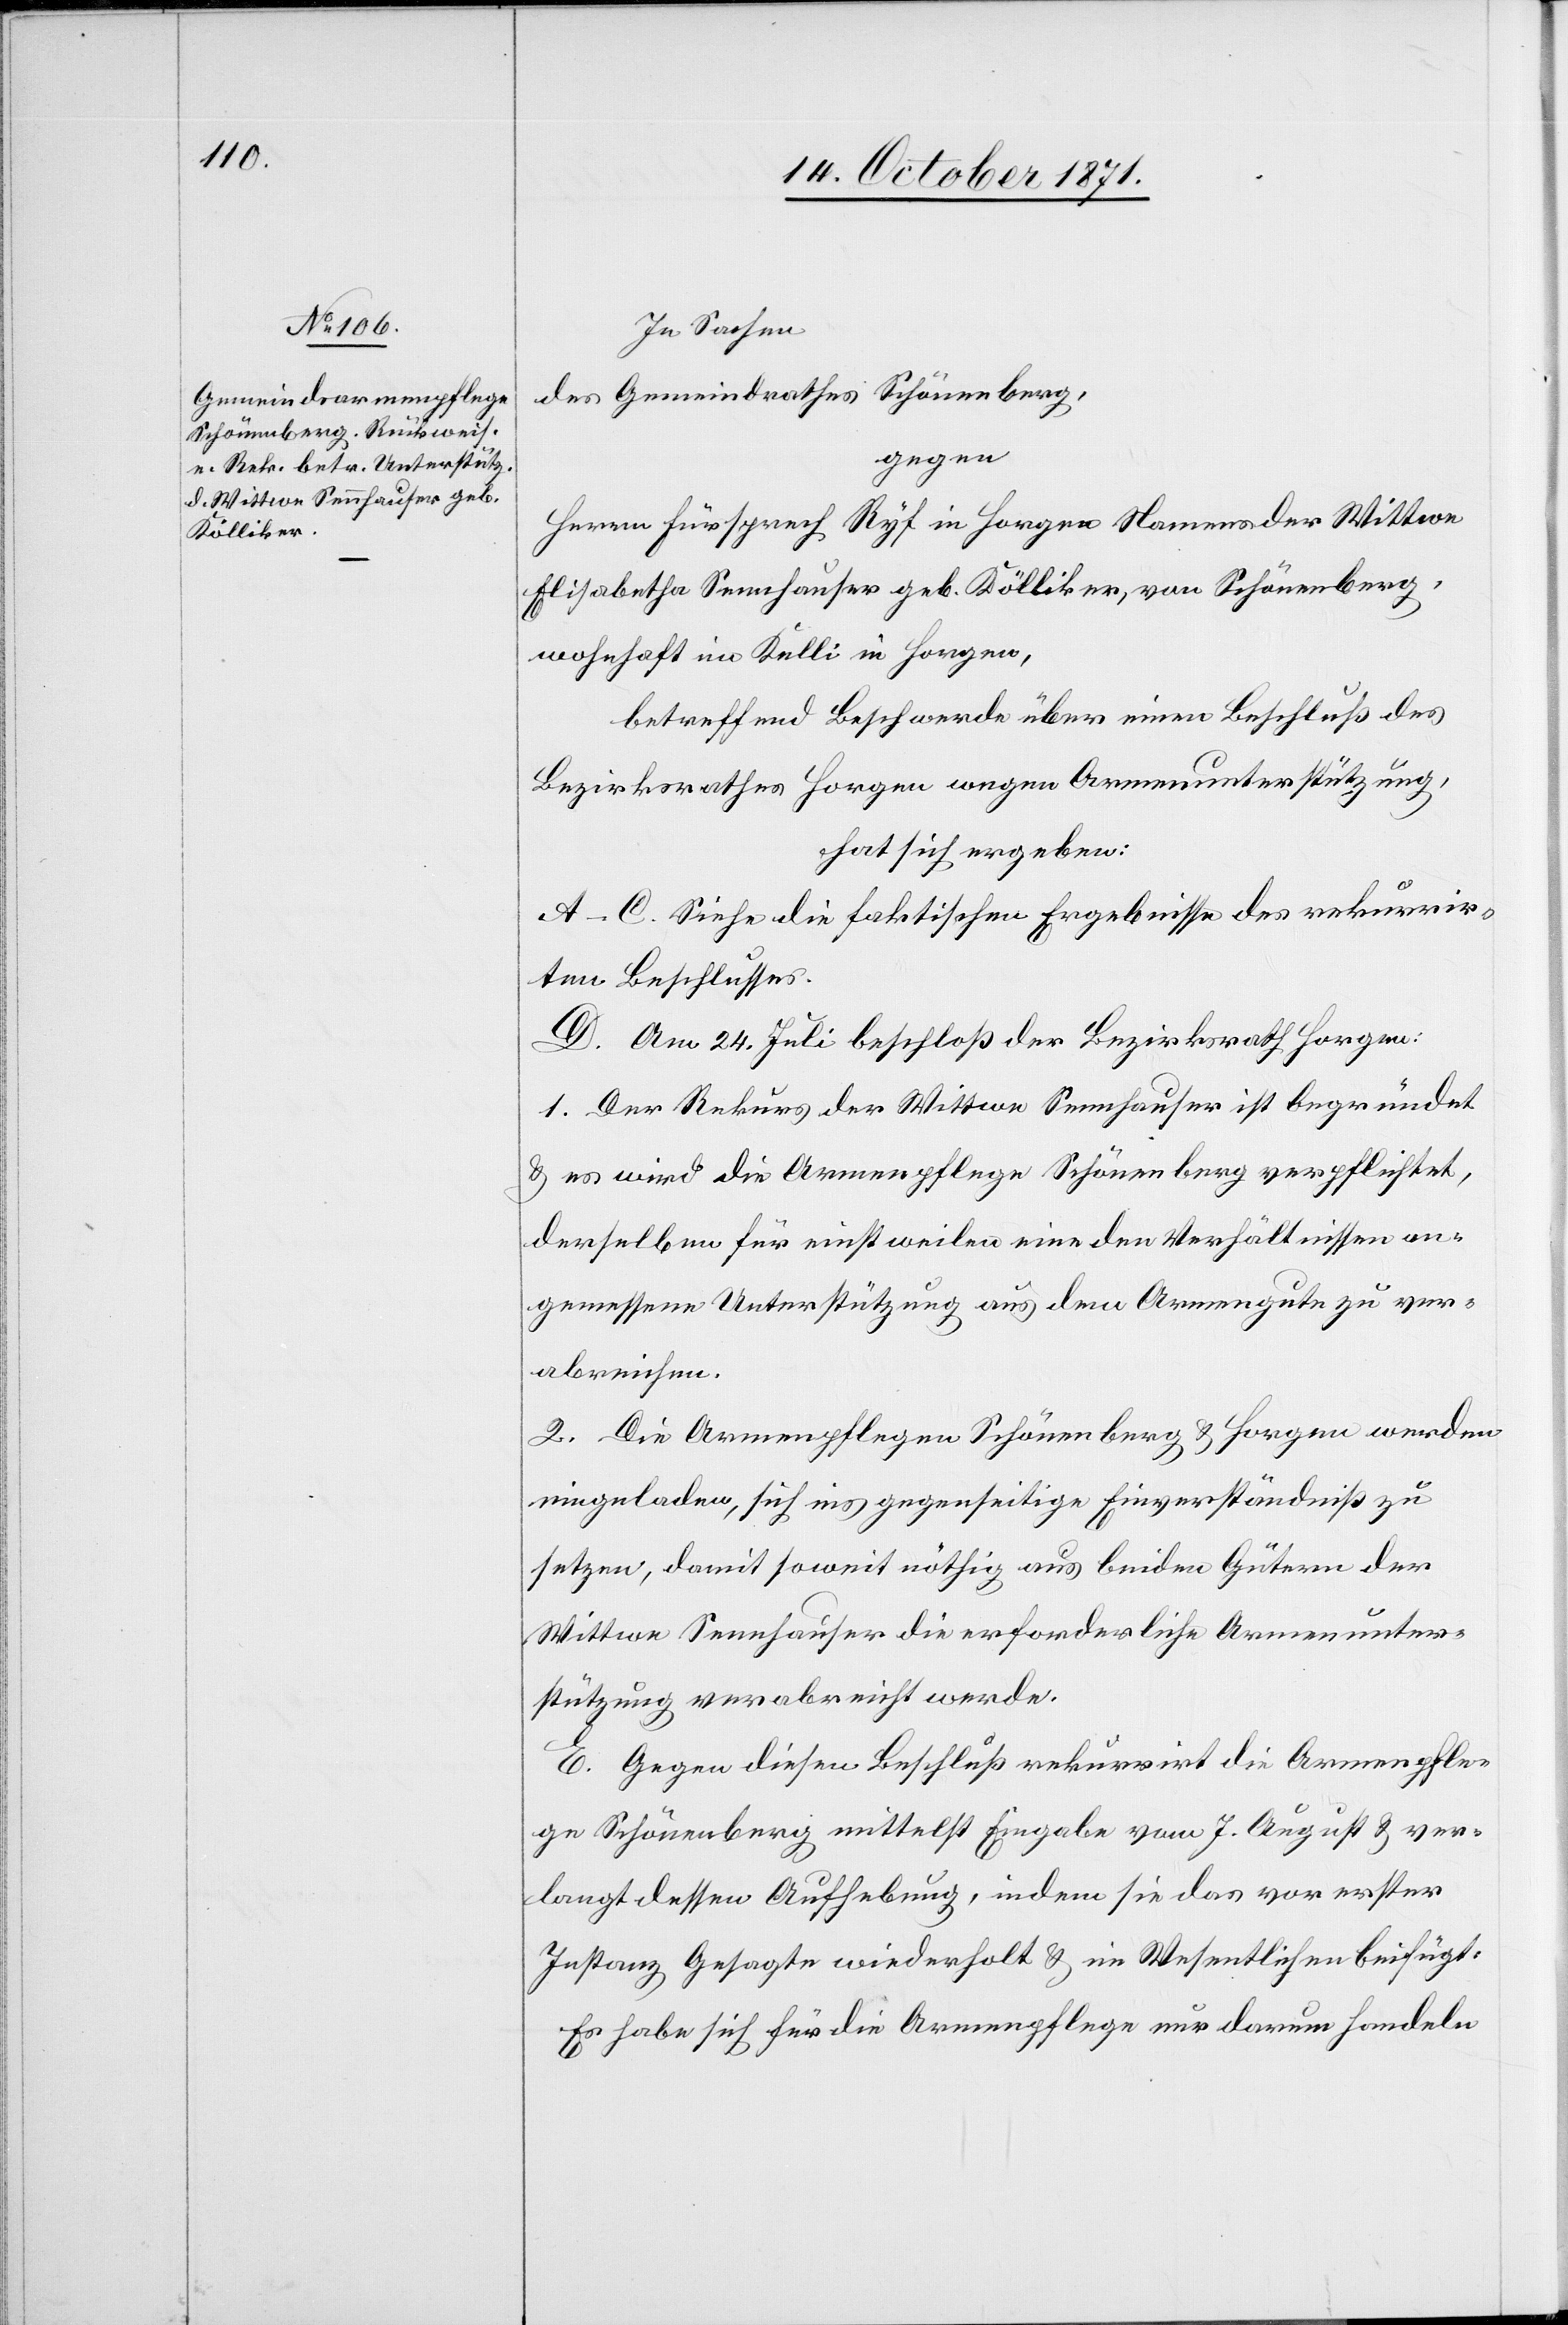
In Sachen
des Gemeindrathes Schönenberg,
gegen
Herrn Fürsprech Ryf in Horgen Namens der Wittwe
Elisabetha Sennhauser geb. Kölliker, von Schönenberg,
wohnhaft im Kelli in Horgen,
betreffend Beschwerde über einen Beschluß des
Bezirksrathes Horgen wegen Armenunterstützung,
hat sich ergeben:
A–C. Siehe die faktischen Ergebnisse des rekurrir¬
ten Beschlusses.
D. Am 24. Juli beschloß der Bezirksrath Horgen:
1. Der Rekurs der Wittwe Sennhauser ist begründet
& es wird die Armenpflege Schönenberg verpflichtet,
derselben für einstweilen eine den Verhältnissen an¬
gemessene Unterstützung aus dem Armengute zu ver¬
abreichen.
2. Die Armenpflegen Schönenberg & Horgen werden
eingeladen, sich ins gegenseitige Einverständniß zu
setzen, damit soweit nöthig aus beiden Gütern der
Wittwe Sennhauser die erforderliche Armenunter¬
stützung verabreicht werde.
E. Gegen diesen Beschluß rekurrirt die Armenpfle¬
ge Schönenberg mittelst Eingabe vom 7. August & ver¬
langt dessen Aufhebung, indem sie das vor erster
Instanz Gesagte wiederholt & im Wesentlichen beifügt:
Es habe sich für die Armenpflege nur darum handeln